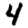
Digit: 4